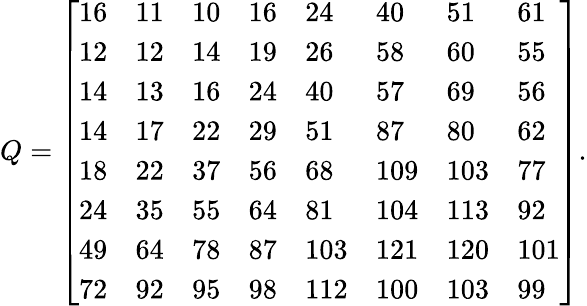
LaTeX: Q={\left[\begin{array}{llllllll}{16}&{11}&{10}&{16}&{24}&{40}&{51}&{61}\\ {12}&{12}&{14}&{19}&{26}&{58}&{60}&{55}\\ {14}&{13}&{16}&{24}&{40}&{57}&{69}&{56}\\ {14}&{17}&{22}&{29}&{51}&{87}&{80}&{62}\\ {18}&{22}&{37}&{56}&{68}&{109}&{103}&{77}\\ {24}&{35}&{55}&{64}&{81}&{104}&{113}&{92}\\ {49}&{64}&{78}&{87}&{103}&{121}&{120}&{101}\\ {72}&{92}&{95}&{98}&{112}&{100}&{103}&{99}\end{array}\right]}.